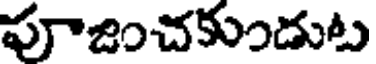
పూజించకుందుట